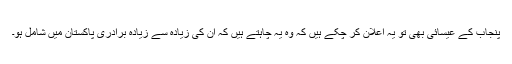
پنجاب کے عیسائی بھی تو یہ اعلان کر چکے ہیں کہ وہ یہ چاہتے ہیں کہ ان کی زیادہ سے زیادہ برادری پاکستان میں شامل ہو۔